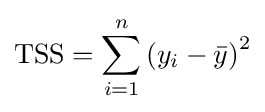
\mathrm {TSS} =\sum _{i=1}^{n}\left(y_{i}-{\bar {y}}\right)^{2}